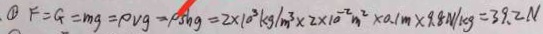
F = G = m g = \rho v g = \rho s h g = 2 \times 1 0 ^ { 3 } k g / m ^ { 3 } \times 2 \times 1 0 ^ { - 2 } m ^ { 2 } \times 0 . 1 m \times 9 . 8 N / k g = 3 9 . 2 N